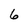
Character: 6